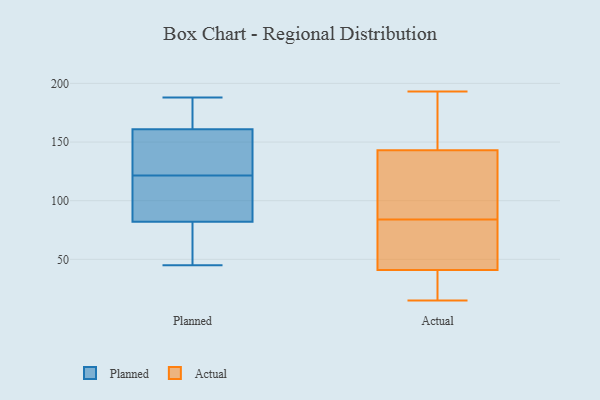
{"axis": {"x": "Website Visitors", "y": "Value"}, "legend": ["Actual", "Planned"], "data": [{"x": "", "y": 176, "type": "Planned"}, {"x": "", "y": 113, "type": "Planned"}, {"x": "", "y": 115, "type": "Planned"}, {"x": "", "y": 188, "type": "Planned"}, {"x": "", "y": 150, "type": "Planned"}, {"x": "", "y": 174, "type": "Planned"}, {"x": "", "y": 130, "type": "Planned"}, {"x": "", "y": 63, "type": "Planned"}, {"x": "", "y": 128, "type": "Planned"}, {"x": "", "y": 65, "type": "Planned"}, {"x": "", "y": 82, "type": "Planned"}, {"x": "", "y": 161, "type": "Planned"}, {"x": "", "y": 108, "type": "Planned"}, {"x": "", "y": 45, "type": "Planned"}, {"x": "", "y": 93, "type": "Actual"}, {"x": "", "y": 37, "type": "Actual"}, {"x": "", "y": 148, "type": "Actual"}, {"x": "", "y": 175, "type": "Actual"}, {"x": "", "y": 183, "type": "Actual"}, {"x": "", "y": 41, "type": "Actual"}, {"x": "", "y": 193, "type": "Actual"}, {"x": "", "y": 81, "type": "Actual"}, {"x": "", "y": 25, "type": "Actual"}, {"x": "", "y": 41, "type": "Actual"}, {"x": "", "y": 15, "type": "Actual"}, {"x": "", "y": 59, "type": "Actual"}, {"x": "", "y": 66, "type": "Actual"}, {"x": "", "y": 87, "type": "Actual"}, {"x": "", "y": 111, "type": "Actual"}, {"x": "", "y": 104, "type": "Actual"}, {"x": "", "y": 72, "type": "Actual"}, {"x": "", "y": 138, "type": "Actual"}, {"x": "", "y": 156, "type": "Actual"}, {"x": "", "y": 22, "type": "Actual"}]}